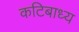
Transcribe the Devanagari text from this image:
कटिबाध्य